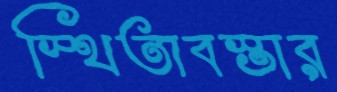
স্থিতাবস্তার